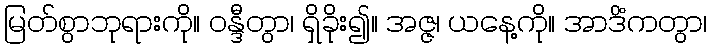
မြတ်စွာဘုရားကို။ ဝန္ဒီတွာ၊ ရှိခိုး၍။ အဇ္ဇ၊ ယနေ့ကို။ အာဒိံကတွာ၊